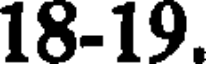
18-19.